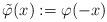
LaTeX: \begin{align*}\tilde{\varphi}(x):=\varphi(-x)\qquad\end{align*}